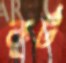
কুর্ট